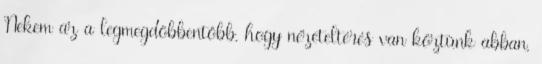
Nekem az a legmegdöbbentőbb, hogy nézeteltérés van köztünk abban,